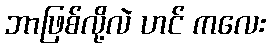
ဘာဖြစ်လို့လဲ ဟင် ကလေး